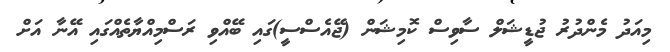
މިއަދު މެންދުރު ޖުޑީޝަލް ސާވިސް ކޮމިޝަން (ޖޭއެސްސީ)ގައި ބޭއްވި ރަސްމިއްޔާތެއްގައި އޭނާ އަށް